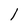
Character: l